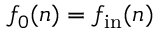
f _ { 0 } ( n ) = f _ { \mathrm { i n } } ( n )